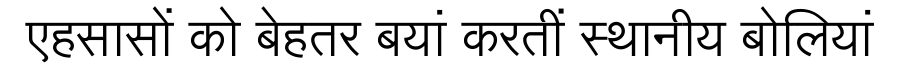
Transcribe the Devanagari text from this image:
एहसासों को बेहतर बयां करतीं स्थानीय बोलियां